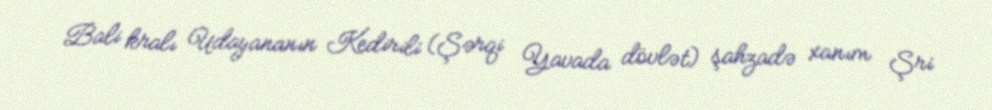
Bali kralı Udayananın Kedirili (Şərqi Yavada dövlət) şahzadə xanım Şri